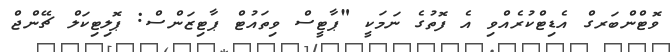
ވޮޓްންބަރގް އެޑިޓްކުރެއްވި އެ ފޮތުގެ ނަމަކީ "ޕާޓީސް ވިތައުޓް ޕާޓިޒަންސް: ޕޮލިޓިކަލް ޗޭންޖް